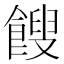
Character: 餿